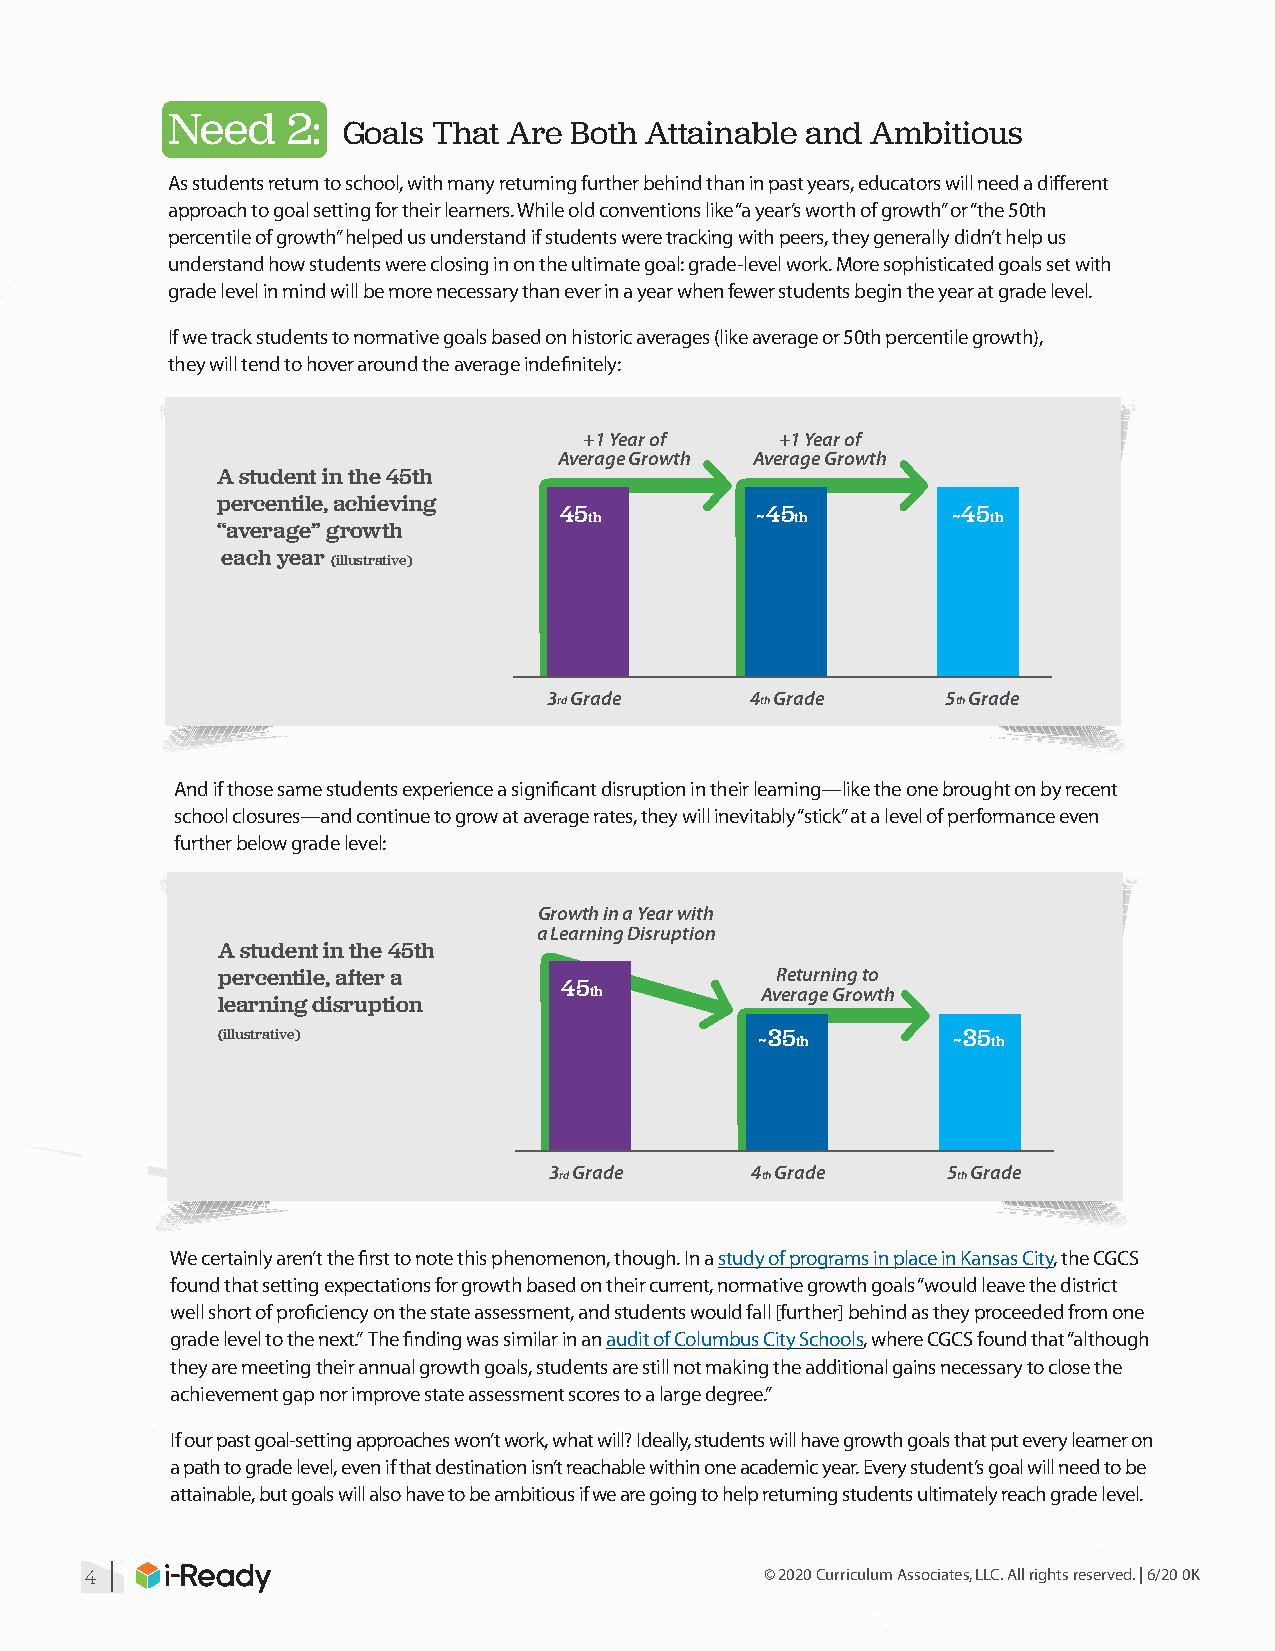
Need    2:
 Goals That Are Both Attainable and Ambitious
 As students return to school, with many returning further behind than in past years, educators will need a different
 approach to goal setting for their learners. While old conventions like “a year’s worth of growth” or “the 50th
 percentile of growth” helped us understand if students were tracking with peers, they generally didn’t help us
 understand how students were closing in on the ultimate goal: grade-level work. More sophisticated goals set with
 grade level in mind will be more necessary than ever in a year when fewer students begin the year at grade level.
 If we track students to normative goals based on historic averages (like average or 50th percentile growth),
 they will tend to hover around the average indefinitely:
 +1 Year of   +1 Year of
 Average Growth Average Growth
 A student in the 45th
 percentile, achieving
 45           ~45          ~45
 th            th           th
 “average” growth
 each year (illustrative)
 3rd Grade     4th Grade    5th Grade
 And if those same students experience a significant disruption in their learning—like the one brought on by recent
 school closures—and continue to grow at average rates, they will inevitably “stick” at a level of performance even
 further below grade level:
 Growth in a Year with
 a Learning Disruption
 A student in the 45th
 percentile, after a                  Returning to
 45
 th         Average Growth
 learning disruption
 (illustrative)                      ~35          ~35
 th           th
 3rd Grade     4th Grade    5th Grade
 We certainly aren’t the first to note this phenomenon, though. In a study of programs in place in Kansas City, the CGCS
 found that setting expectations for growth based on their current, normative growth goals “would leave the district
 well short of proficiency on the state assessment, and students would fall [further] behind as they proceeded from one
 grade level to the next.” The finding was similar in an audit of Columbus City Schools, where CGCS found that “although
 they are meeting their annual growth goals, students are still not making the additional gains necessary to close the
 achievement gap nor improve state assessment scores to a large degree.”
 If our past goal-setting approaches won’t work, what will? Ideally, students will have growth goals that put every learner on
 a path to grade level, even if that destination isn’t reachable within one academic year. Every student’s goal will need to be
 attainable, but goals will also have to be ambitious if we are going to help returning students ultimately reach grade level.
 |
 4                                            © 2020 Curriculum Associates, LLC. All rights reserved. | 6/20 0K